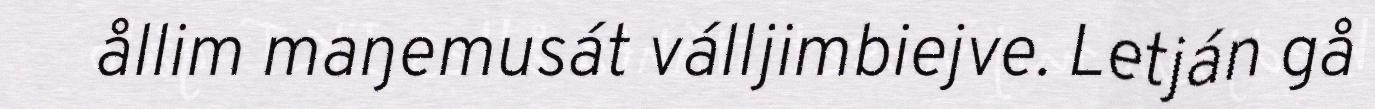
ållim maŋemusát válljimbiejve. Letján gå